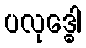
ပလုဒ္ဓေါ